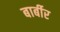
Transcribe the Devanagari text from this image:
बार्बीर